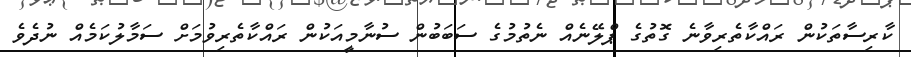
ކާރިސާތަކުން ރައްކާތެރިވާނެ ގޮތުގެ ޕްލޭނެއް ނެތުމުގެ ސަބަބުން ސުނާމީއަކުން ރައްކާތެރިވުމަށް ސަމާލުކަމެއް ނުދެވެ